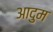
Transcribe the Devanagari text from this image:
आदुम